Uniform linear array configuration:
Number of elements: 16
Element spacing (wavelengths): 1
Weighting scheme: blackman
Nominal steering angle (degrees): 60
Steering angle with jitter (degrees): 58.719
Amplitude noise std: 0.05
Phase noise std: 0.05

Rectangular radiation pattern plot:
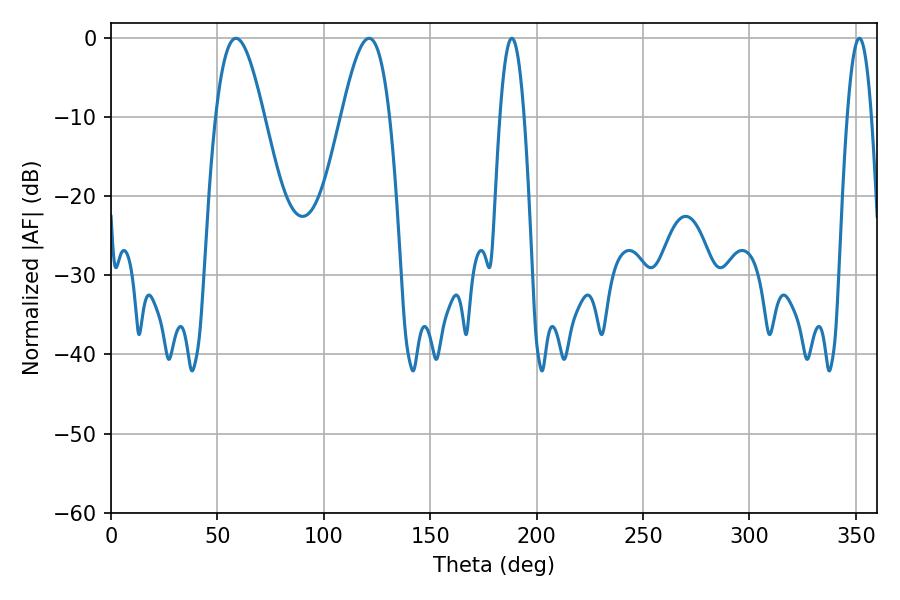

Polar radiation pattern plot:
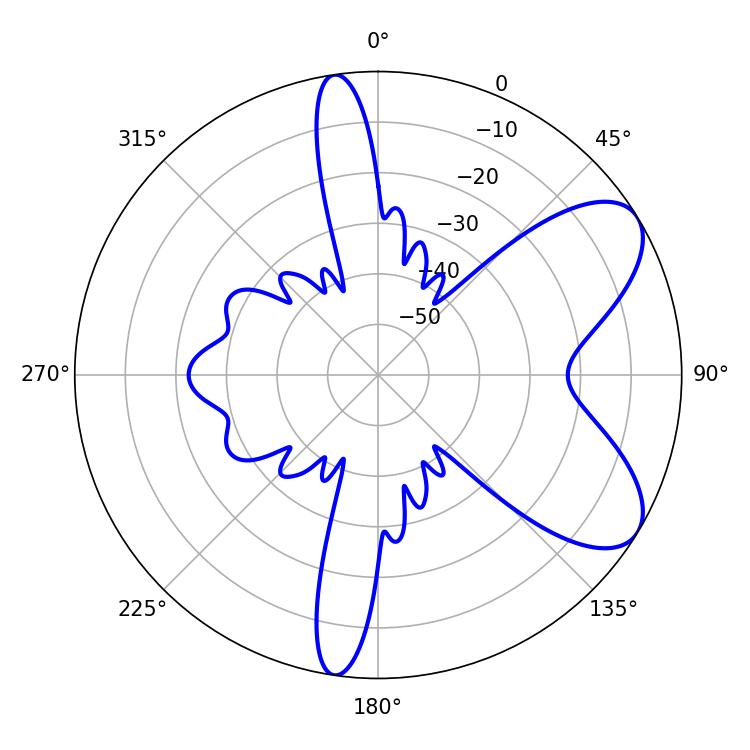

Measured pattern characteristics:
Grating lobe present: TRUE
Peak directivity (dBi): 7.345
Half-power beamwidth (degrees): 12.24
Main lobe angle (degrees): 58.68